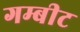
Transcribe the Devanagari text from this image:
गम्बीट